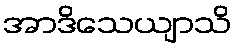
အာဒိသေယျာသိ